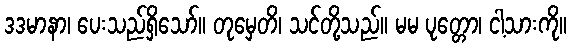
ဒဒမာနာ၊ ပေးသည်ရှိသော်။ တုမှေတိ၊ သင်တို့သည်။ မမ ပုတ္တော၊ ငါ့သားကို။